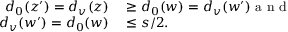
\begin{array} { r l } { d _ { 0 } ( z ^ { \prime } ) = d _ { v } ( z ) } & { { } \geq d _ { 0 } ( w ) = d _ { v } ( w ^ { \prime } ) \mathrm { ~ a ~ n ~ d ~ } } \\ { d _ { v } ( w ^ { \prime } ) = d _ { 0 } ( w ) } & { { } \leq s / 2 . } \end{array}